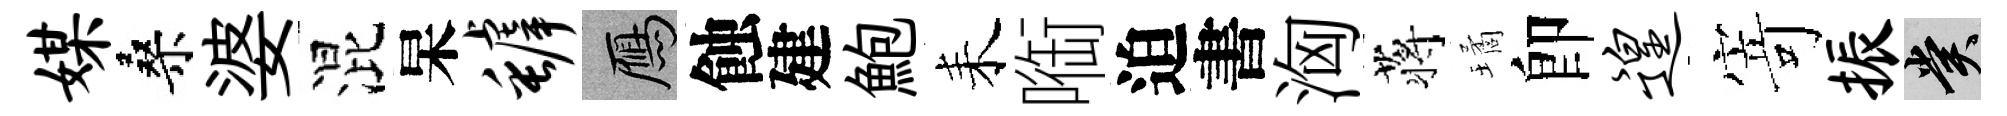
媒桑婆混杲罅鴈蝕建鮑耒㗸迫書洶蒋璚卽遑𭔃振賞